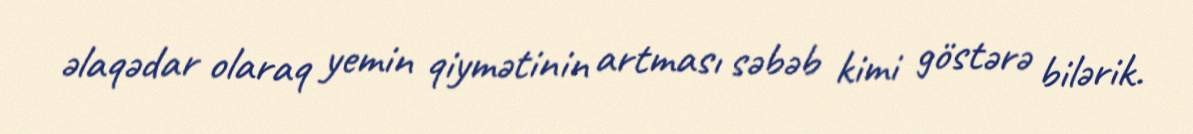
əlaqədar olaraq yemin qiymətinin artması səbəb kimi göstərə bilərik.